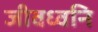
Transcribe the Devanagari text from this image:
जीवध्वनि